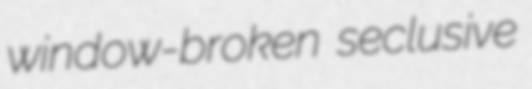
window-broken seclusive